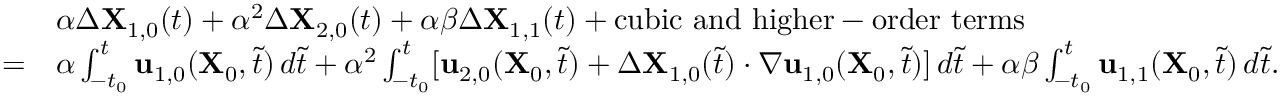
\begin{array} { r l } & { \alpha \Delta \mathbf { X } _ { 1 , 0 } ( t ) + \alpha ^ { 2 } \Delta \mathbf { X } _ { 2 , 0 } ( t ) + \alpha \beta \Delta \mathbf { X } _ { 1 , 1 } ( t ) + \mathrm { c u b i c ~ a n d ~ h i g h e r - o r d e r ~ t e r m s } } \\ { = } & { \alpha \int _ { - t _ { 0 } } ^ { t } \mathbf { u } _ { 1 , 0 } ( \mathbf { X } _ { 0 } , \tilde { t } ) \, d \tilde { t } + \alpha ^ { 2 } \int _ { - t _ { 0 } } ^ { t } [ \mathbf { u } _ { 2 , 0 } ( \mathbf { X } _ { 0 } , \tilde { t } ) + \Delta \mathbf { X } _ { 1 , 0 } ( \tilde { t } ) \cdot \nabla \mathbf { u } _ { 1 , 0 } ( \mathbf { X } _ { 0 } , \tilde { t } ) ] \, d \tilde { t } + \alpha \beta \int _ { - t _ { 0 } } ^ { t } \mathbf { u } _ { 1 , 1 } ( \mathbf { X } _ { 0 } , \tilde { t } ) \, d \tilde { t } . } \end{array}